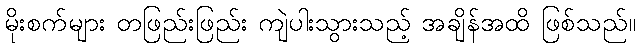
မိုးစက်များ တဖြည်းဖြည်း ကျဲပါးသွားသည့် အချိန်အထိ ဖြစ်သည်။